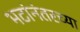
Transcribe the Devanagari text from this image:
भटांनंतरच्या